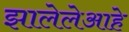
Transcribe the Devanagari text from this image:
झालेलेआहे